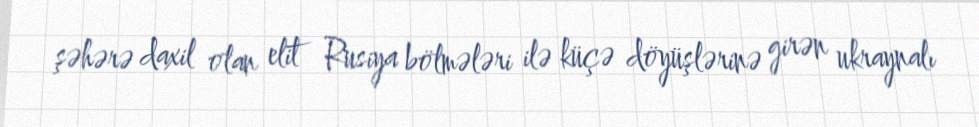
şəhərə daxil olan elit Rusiya bölmələri ilə küçə döyüşlərinə girən ukraynalı